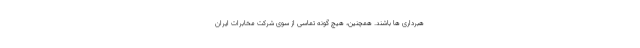
هبرداری ها باشند. همچنین، هیچ گونه تماسی از سوی شرکت مخابرات ایران